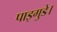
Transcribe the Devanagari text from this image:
पाइगुडे।